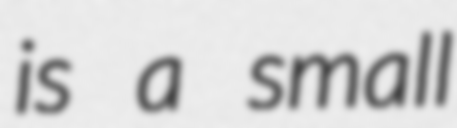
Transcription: is a small